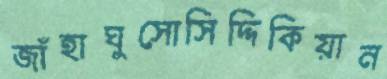
জাঁহাঘুসোসিদ্দিকিয়ান